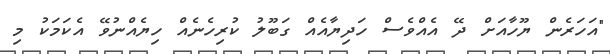
"އަހަރެން ޔޫހާއަށް ދޭ އެއްވެސް ހަދިޔާއެއް ގަބޫލު ކުރިހެނެއް ހިޔެއްނުވޭ އެކަމަކު މި